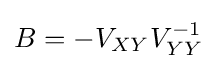
B=-V_{XY}V_{YY}^{-1}